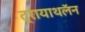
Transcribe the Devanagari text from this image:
ट्रायाथलॅन